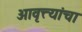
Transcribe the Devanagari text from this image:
आवृत्त्यांचा